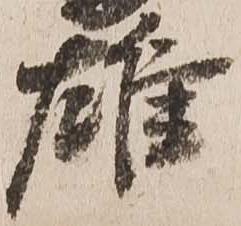
雄